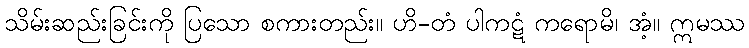
သိမ်းဆည်းခြင်းကို ပြသော စကားတည်း။ ဟိ-တံ ပါကဋံ ကရောမိ၊ အံ့။ ဣမဿ